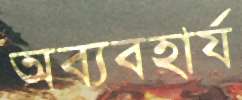
অব্যবহার্য